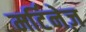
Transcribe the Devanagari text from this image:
मर्टिनेज़